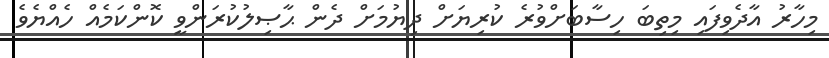
މިހާރު އާދެވިފައި މިތިބަ ހިސާބަށްވުރެ ކުރިޔަށް ދިޔުމަށް ދެން ޙާޞިލުކުރަންވީ ކޮންކަމެއް ހެއްޔެވެ